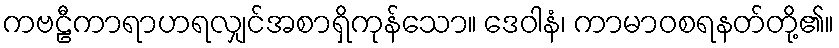
ကဗဠီကာရာဟရလျှင်အစာရှိကုန်သော။ ဒေဝါနံ၊ ကာမာဝစရနတ်တို့၏။